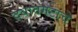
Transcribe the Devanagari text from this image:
दबावगटाचे